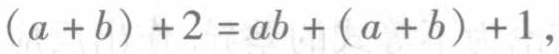
\((a + b)+2 = ab+(a + b)+1\)